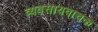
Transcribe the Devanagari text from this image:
व्यवसायवाचक